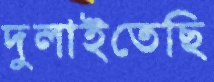
দুলাইতেছি